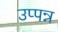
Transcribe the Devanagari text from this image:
उप्पन्न